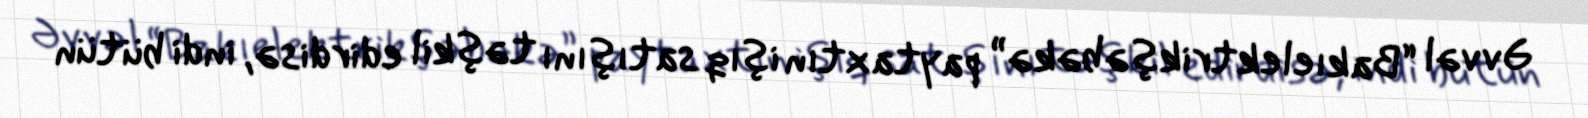
Əvvəl “Bakıelektrikşəbəkə” paytaxtın işıq satışını təşkil edirdisə, indi bütün